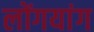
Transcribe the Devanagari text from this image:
लोंगयांग